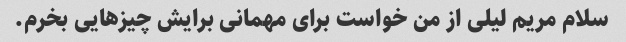
سلام مریم لیلی از من خواست برای مهمانی برایش چیزهایی بخرم.